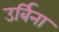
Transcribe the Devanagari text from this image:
उर्बिना